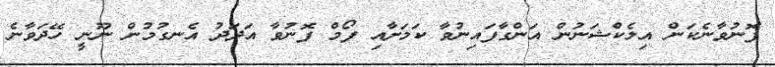
ފޮނުވާނެކަން އިލެކްޝަނުން އަންގާފައިނުވާ ކަމަށާއި ފޯމް ފޮނުވާ އަދަދު އެނގުމުން ނޫނީ ހޭދަވާނެ